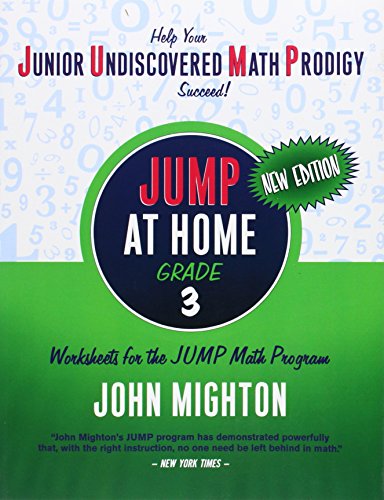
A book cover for JUMP at Home Grade 3: Worksheets for the JUMP Math Program; John Mighton; Science & Math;